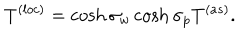
T ^ { ( l o c ) } = \cosh \sigma _ { w } \cosh \sigma _ { p } T ^ { ( a s ) } .